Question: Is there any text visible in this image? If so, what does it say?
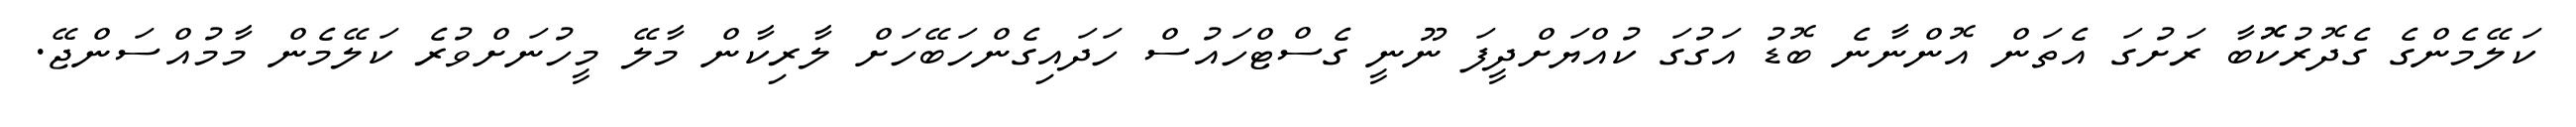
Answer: ކަލޭމެންގެ ގެދޮރުކޮޮބާ ރަށުގަ އެތަން އޮންނާނެ ބޮޑު އަގުގަ ކުއްޔަށްދީފަ ނޫނީ ގެސްޓްހައުސް ހަދައިގެންހަބޭހަށް ލާރިކާން މާލޭ މީހުނަށްވުރެ ކަލޭމެން މާމުއްސަންޖޭ.